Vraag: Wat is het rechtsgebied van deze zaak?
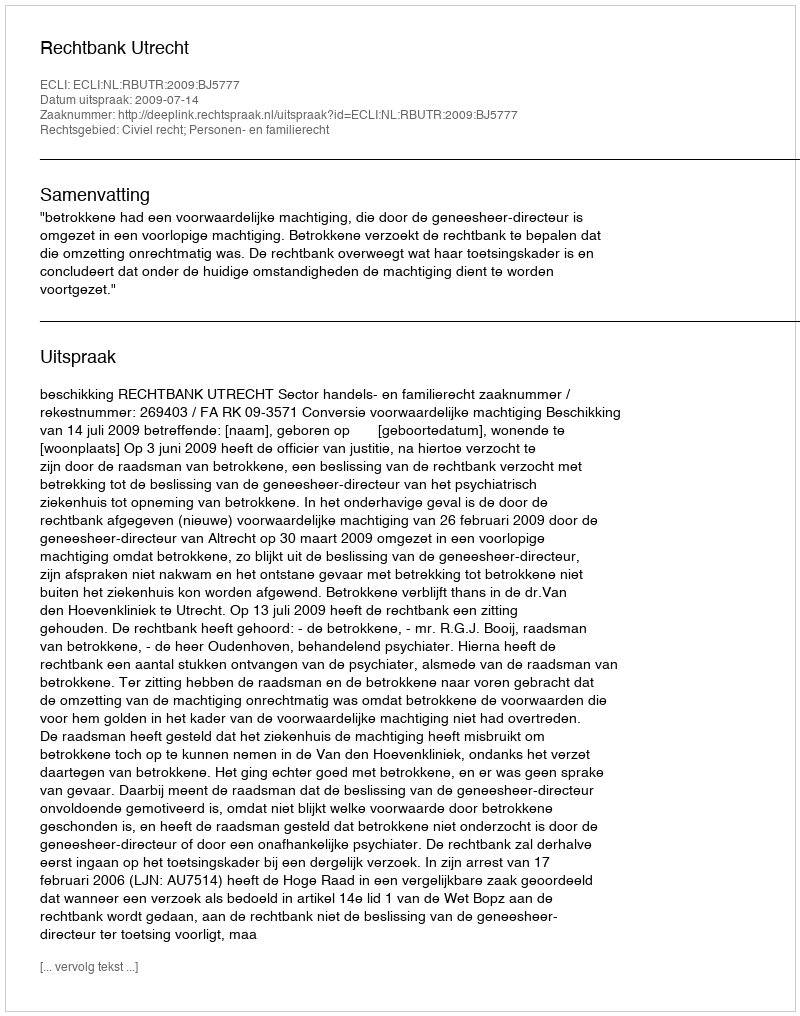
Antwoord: Civiel recht; Personen- en familierecht